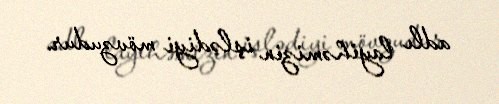
adlı layihəmizin işlədiyi mövzudur.